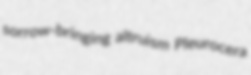
sorrow-bringing altruism Pleurocera